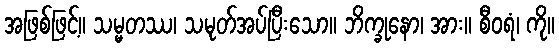
အဖြစ်ဖြင့်။ သမ္မတဿ၊ သမုတ်အပ်ပြီးသော။ ဘိက္ခုနော၊ အား။ စီဝရံ၊ ကို။